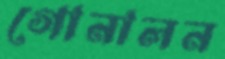
গোনালন